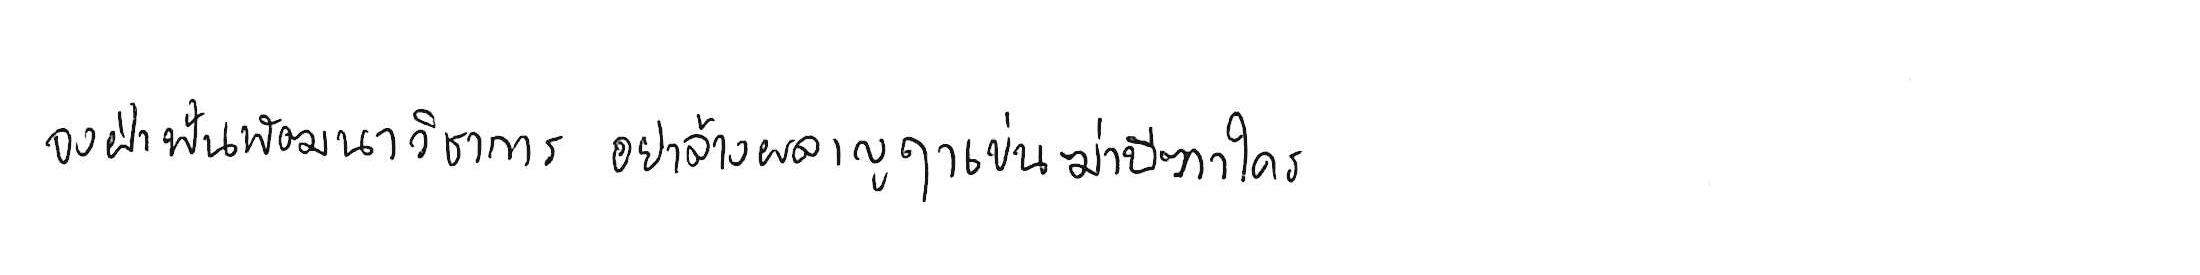
จงฝ่าฟันพัฒนาวิชาการ อย่าล้างผลาญฤๅเข่นฆ่าบีฑาใคร